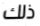
ذلك